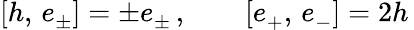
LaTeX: [h,\, e_{\pm}^{}]=\pm e_{\pm}^{}\, ,\qquad[e_{+}^{},\, e_{-}^{}]=2h\,